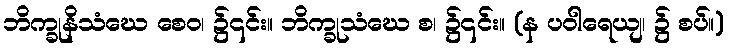
ဘိက္ခုနိသံဃေ စေဝ၊ ၌၎င်း။ ဘိက္ခုသံဃေ စ၊ ၌၎င်း။ (န ပဝါရေယျ၊ ၌ စပ်။)